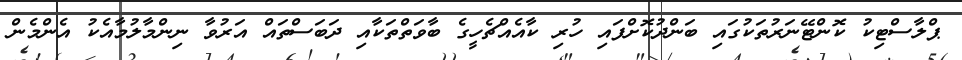
ޕްލާސްޓިކު ކޮންޓޭނަރުތަކުގައި ބަންދުކޮށްފައި ހުރި ކާއެއްޗެހީގެ ބާވަތްތަކާއި ދަބަސްތައް އަރުވާ ނިންމާލުމާއެކު އެންމެން